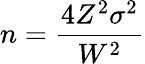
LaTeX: n={\frac{4Z^{2}\sigma^{2}}{W^{2}}}